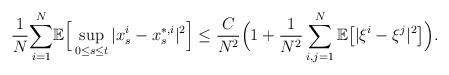
\begin{align*}\frac{1}{N}\underset{i=1}{\overset{N}{\sum}}\mathbb{E}\Big[\sup_{0\leq s\leq t}|x_s^i-x_s^{*,i}|^2\Big] \leq\frac{C}{N^2}\Big(1+\frac{1}{N^2}\sum_{i,j=1}^N\mathbb E\big[|\xi^i-\xi^j|^2\big]\Big).\end{align*}